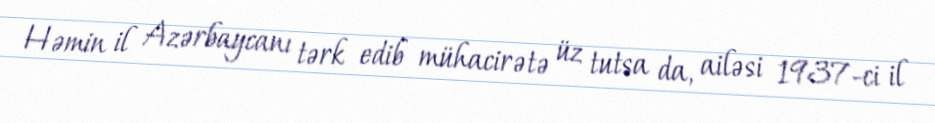
Həmin il Azərbaycanı tərk edib mühacirətə üz tutsa da, ailəsi 1937-ci il